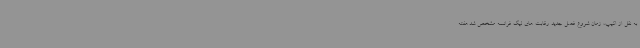
به نقل از اکیپ، زمان شروع فصل جدید رقابت های لیگ فرانسه مشخص شد.هفته